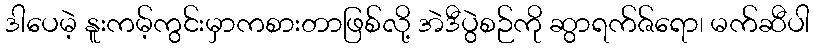
ဒါပေမဲ့ နူးကမ့်ကွင်းမှာကစားတာဖြစ်လို့ အဲဒီပွဲစဉ်ကို ဆွာရက်ဇ်ရော၊ မက်ဆီပါ